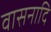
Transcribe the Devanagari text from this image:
वासनादि